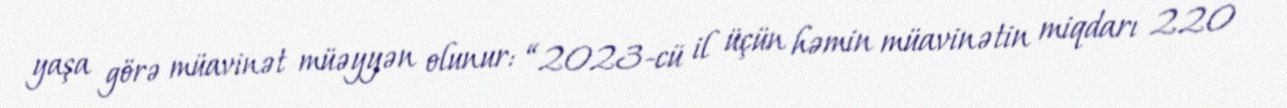
yaşa görə müavinət müəyyən olunur: “2023-cü il üçün həmin müavinətin miqdarı 220